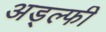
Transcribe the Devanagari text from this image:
अड्ल्फी